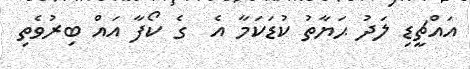
އައްޗީޑި ލަދު ޙަޔާތު ކުޑަކަމާ އެ  ގެ ކޯފާ އައް ބިރުވެތި